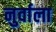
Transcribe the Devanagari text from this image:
नुर्वाला